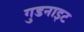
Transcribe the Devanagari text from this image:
गुडनाइट